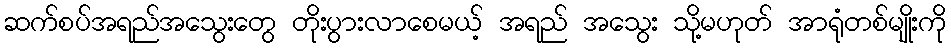
ဆက်စပ်အရည်အသွေးတွေ တိုးပွားလာစေမယ့် အရည် အသွေး သို့မဟုတ် အာရုံတစ်မျိုးကို